Vaccination North-Western Provinces and Oudh 1896-1901 - 1896-1901
Year: 1896
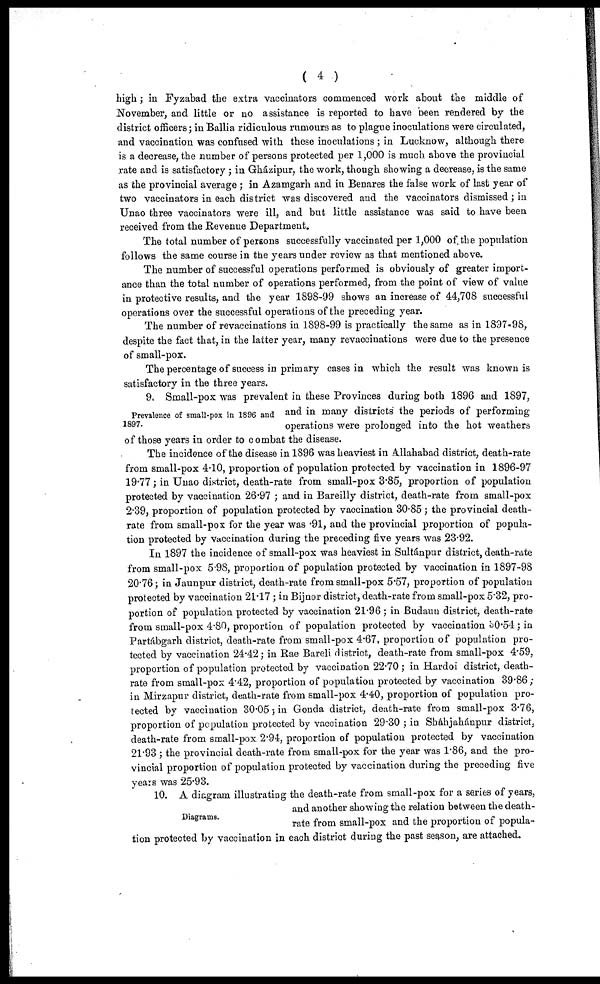
( 4 )
high ; in Fyzabad the extra vaccinators commenced work about the middle of
November, and little or no assistance is reported to have been rendered by the
district officers; in Ballia ridiculous rumours as to plague inoculations were circulated,
and vaccination was confused with these inoculations ; in Lucknow, although there
is a decrease, the number of persons protected per 1,000 is much above the provincial
rate and is satisfactory ; in Gházipur, the work, though showing a decrease, is the same
as the provincial average ; in Azamgarh and in Benares the false work of last year of
two vaccinators in each district was discovered and the vaccinators dismissed; in
Unao three vaccinators were ill, and but little assistance was said to have been
received from the Revenue Department.
The total number of persons successfully vaccinated per 1,000 of the population
follows the same course in the years under review as that mentioned above.
The number of successful operations performed is obviously of greater import-
ance than the total number of operations performed, from the point of view of value
in protective results, and the year 1898-99 shows an increase of 44,708 successful
operations over the successful operations of the preceding year.
The number of revaccinations in 1898-99 is practically the same as in 1897-98,
despite the fact that, in the latter year, many revaccinations were due to the presence
of small-pox.
The percentage of success in primary cases in which the result was known is
satisfactory in the three years.
Prevalence of small-pox in 1896 and
1897.
9. Small-pox was prevalent in these Provinces during both 1896 and 1897,
and in many districts the periods of performing
operations were prolonged into the hot weathers
of those years in order to combat the disease.
The incidence of the disease in 1896 was heaviest in Allahabad district, death-rate
from small-pox 4.10, proportion of population protected by vaccination in 1896-97
19.77; in Unao district, death-rate from small-pox 3.85, proportion of population
protected by vaccination 26.97 ; and in Bareilly district, death-rate from small-pox
2.39, proportion of population protected by vaccination 30.85; the provincial death-
rate from small-pox for the year was .91, and the provincial proportion of popula-
tion protected by vaccination during the preceding five years was 23.92.
In 1897 the incidence of small-pox was heaviest in Sultánpur district, death-rate
from small-pox 5.98, proportion of population protected by vaccination in 1897-98
20.76; in Jaunpur district, death-rate from small-pox 5.57, proportion of population
protected by vaccination 21.47 ; in Bijnor district, death-rate from small-pox 5.32, pro-
portion of population protected by vaccination 21.96 ; in Budaun district, death-rate
from small-pox 4.80, proportion of population protected by vaccination 30.54; in
Partábgarh district, death-rate from small-pox 4.67, proportion of population pro-
tected by vaccination 24.42; in Rae Bareli district, death-rate from small-pox 4.59,
proportion of population protected by vaccination 22.70 ; in Hardoi district, death-
rate from small-pox 4.42, proportion of population protected by vaccination 39.86;
in Mirzapur district, death-rate from small-pox 4.40, proportion of population pro-
tected by vaccination 30.05 ; in Gonda district, death-rate from small-pox 3.76,
proportion of population protected by vaccination 29.30 ; in Shájahsápur district,
death-rate from small-pox 2.94, proportion of population protected by vaccination
21.93 ; the provincial death-rate from small-pox for the year was 1.86, and the pro-
vincial proportion of population protected by vaccination during the preceding five
years was 25.93.
Diagrams.
10. A diagram illustrating the death-rate from small-pox for a series of years,
and another showing the relation between the death-
rate from small-pox and the proportion of popula-
tion protected by vaccination in each district during the past season, are attached.